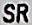
SR